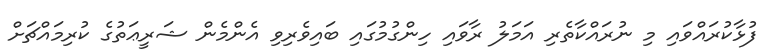
ފުޅާކުރައްވައި މި ނުރައްކާތެރި އަމަލު ރާވައި ހިންގުމުގައި ބައިވެރިވި އެންމެން ޝަރީޢަތުގެ ކުރިމައްޗަށް